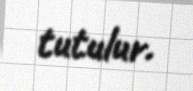
tutulur.